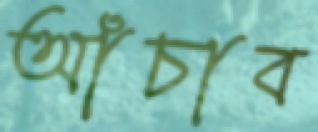
আঁচাব